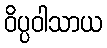
ဝိပ္ပဝါသာယ